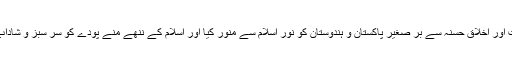
انہوں نے شبانہ روز محنت اور اخلاق حسنہ سے بر صغیر پاکستان و ہندوستان کو نور اسلام سے منور کیا اور اسلام کے ننھے منے پودے کو سر سبز و شاداب اور قد آور درخت بنا دیا۔